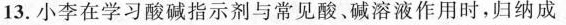
13.小李在学习酸碱指示剂与常见酸、碱溶液作用时，归纳成